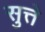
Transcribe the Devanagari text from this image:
सुत्ते